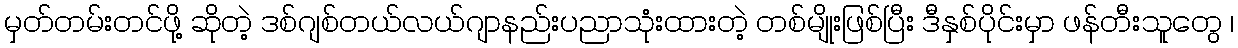
မှတ်တမ်းတင်ဖို့ ဆိုတဲ့ ဒစ်ဂျစ်တယ်လယ်ဂျာနည်းပညာသုံးထားတဲ့ တစ်မျိုးဖြစ်ပြီး ဒီနှစ်ပိုင်းမှာ ဖန်တီးသူတွေ ၊